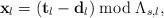
LaTeX: \begin{align*}\mathbf{x}_{l}=\left(\mathbf{t}_{l}-\mathbf{d}_{l}\right)\bmod\Lambda_{s,l},\end{align*}